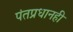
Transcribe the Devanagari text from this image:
पंतप्रधानही